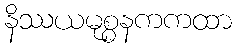
နိဿယမုစ္စနကကထာ